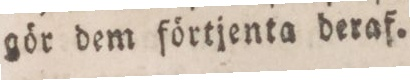
gör dem förtjenta deraf.